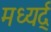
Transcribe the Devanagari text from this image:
मध्यर्द्